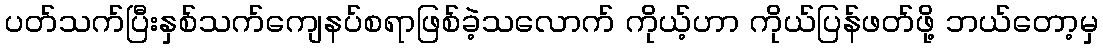
ပတ်သက်ပြီးနှစ်သက်ကျေနပ်စရာဖြစ်ခဲ့သလောက် ကိုယ့်ဟာ ကိုယ်ပြန်ဖတ်ဖို့ ဘယ်တော့မှ